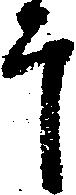
于